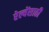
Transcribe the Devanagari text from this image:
रेल्वेंसाठी